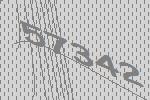
57342